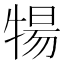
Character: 𬌤